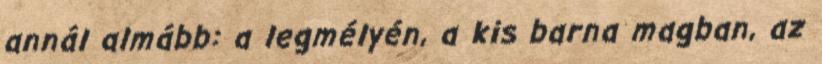
annál almább: a legmélyén, a kis barna magban, az